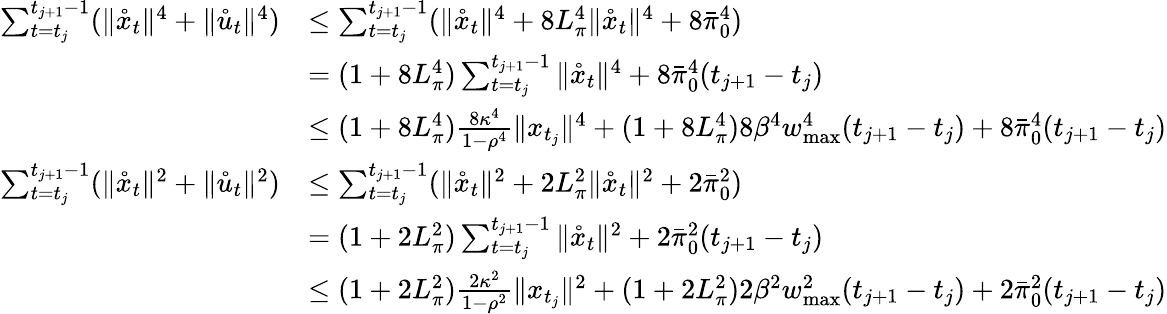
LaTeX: \begin{array}{rl}{\sum_{t=t_{j}}^{t_{j+1}-1}(\| \mathring x_{t}\| ^{4}+\| \mathring u_{t}\| ^{4})}&{\leq\sum_{t=t_{j}}^{t_{j+1}-1}(\| \mathring x_{t}\| ^{4}+8L_{\pi}^{4}\| \mathring x_{t}\| ^{4}+8\bar{\pi}_{0}^{4})}\\ &{=(1+8L_{\pi}^{4})\sum_{t=t_{j}}^{t_{j+1}-1}\| \mathring x_{t}\| ^{4}+8\bar{\pi}_{0}^{4}(t_{j+1}-t_{j})}\\ &{\leq(1+8L_{\pi}^{4})\frac{8\kappa^{4}}{1-\rho^{4}}\| x_{t_{j}}\| ^{4}+(1+8L_{\pi}^{4})8\beta^{4}w_{\operatorname*{max}}^{4}(t_{j+1}-t_{j})+8\bar{\pi}_{0}^{4}(t_{j+1}-t_{j})}\\ {\sum_{t=t_{j}}^{t_{j+1}-1}(\| \mathring x_{t}\| ^{2}+\| \mathring u_{t}\| ^{2})}&{\leq\sum_{t=t_{j}}^{t_{j+1}-1}(\| \mathring x_{t}\| ^{2}+2L_{\pi}^{2}\| \mathring x_{t}\| ^{2}+2\bar{\pi}_{0}^{2})}\\ &{=(1+2L_{\pi}^{2})\sum_{t=t_{j}}^{t_{j+1}-1}\| \mathring x_{t}\| ^{2}+2\bar{\pi}_{0}^{2}(t_{j+1}-t_{j})}\\ &{\leq(1+2L_{\pi}^{2})\frac{2\kappa^{2}}{1-\rho^{2}}\| x_{t_{j}}\| ^{2}+(1+2L_{\pi}^{2})2\beta^{2}w_{\operatorname*{max}}^{2}(t_{j+1}-t_{j})+2\bar{\pi}_{0}^{2}(t_{j+1}-t_{j})}\end{array}